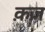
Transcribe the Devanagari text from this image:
क़ज़